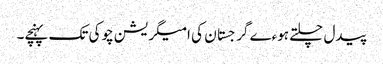
پیدل چلتے ہوءے گرجستان کی امیگریشن چوکی تک پہنچے۔